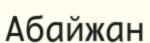
Абайжан